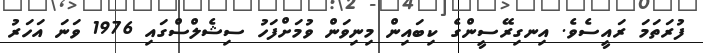
ފުރަތަމަ ރައީސެވެ. އިނގިރޭސީންގެ ކިބައިން މިނިވަން ވުމަށްފަހު ސިޝެލްސްގައި 1976 ވަނަ އަހަރު